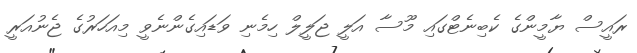
ރައީސް ޔާމީންގެ ކެބިނެޓްގައި މޫސާ އަލީ ޖަލީލް ހިމެނި ވަޑައިގެންނެވީ މިއަހަރުގެ ޖެނުއަރީ